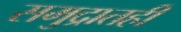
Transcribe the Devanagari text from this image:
समुद्रातही